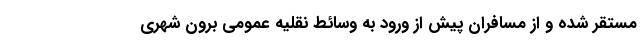
مستقر شده و از مسافران پیش از ورود به وسائط نقلیه عمومی برون شهری